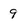
Character: 9